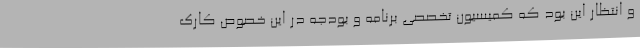
و انتظار این بود که کمیسیون تخصصی برنامه و بودجه در این خصوص کارک